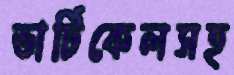
ভার্টিকেলসহ